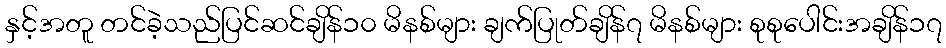
နှင့်အတူ တင်ခဲ့သည်ပြင်ဆင်ချိန်၁၀ မိနစ်များ ချက်ပြုတ်ချိန်၇ မိနစ်များ စုစုပေါင်းအချိန်၁၇